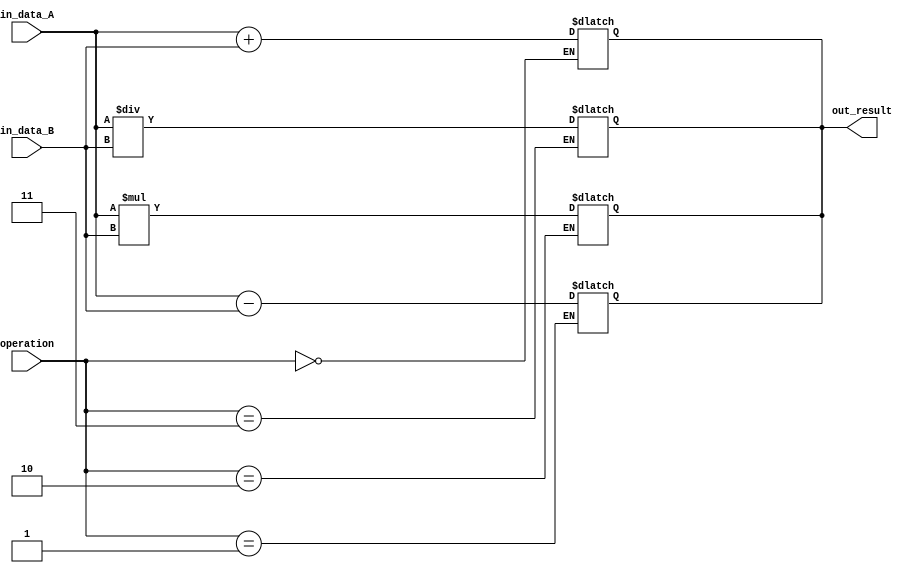
module quad_precision_fp_unit (
    input [127:0] in_data_A,
    input [127:0] in_data_B,
    input [1:0] operation,
    output reg [127:0] out_result
);

// Addition block
// Implement appropriate algorithm for addition
always @* begin
    if(operation == 2'b00) begin
        out_result = in_data_A + in_data_B;
    end
end

// Subtraction block
// Implement appropriate algorithm for subtraction
always @* begin
    if(operation == 2'b01) begin
        out_result = in_data_A - in_data_B;
    end
end

// Multiplication block
// Implement appropriate algorithm for multiplication
always @* begin
    if(operation == 2'b10) begin
        out_result = in_data_A * in_data_B;
    end
end

// Division block
// Implement appropriate algorithm for division
always @* begin
    if(operation == 2'b11) begin
        out_result = in_data_A / in_data_B;
    end
end

endmodule